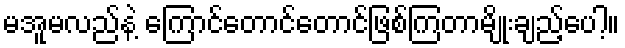
မအူမလည်နဲ့ ကြောင်တောင်တောင်ဖြစ်ကြတာမျိုးချည့်ပေါ့။